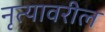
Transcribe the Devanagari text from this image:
नृत्यावरील